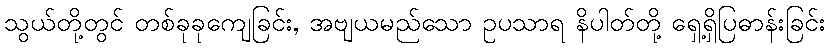
သွယ်တို့တွင် တစ်ခုခုကျေခြင်း, အဗျယမည်သော ဥပသာရ နိပါတ်တို့ ရှေ့ရှိပြဓာန်းခြင်း